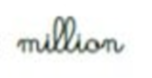
million